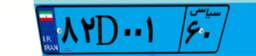
۴۶D۴۳۸۰۵